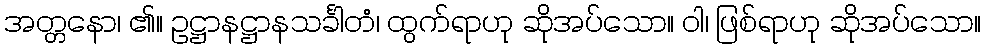
အတ္တနော၊ ၏။ ဥဋ္ဌာနဋ္ဌာနသင်္ခါတံ၊ ထွက်ရာဟု ဆိုအပ်သော။ ဝါ၊ ဖြစ်ရာဟု ဆိုအပ်သော။